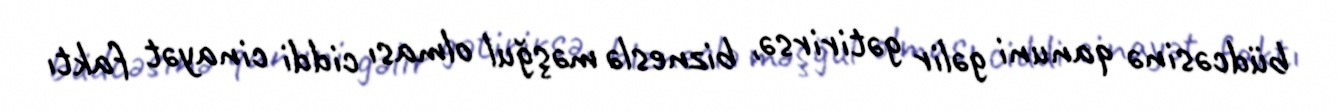
büdcəsinə qanuni gəlir gətirirsə, bizneslə məşğul olması ciddi cinayət faktı